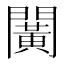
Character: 𨶰